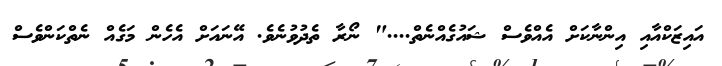
އައިޒަކްއާއި އިންނާކަށް އެއްވެސް ޝައުގެއްނެތް...." ނޯރާ ތެދުވުނެވެ. އޭނައަށް އެހެން މަގެއް ނެތްކަންވެސް